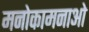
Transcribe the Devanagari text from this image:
मनोकामनाओ